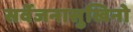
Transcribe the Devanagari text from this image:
सर्वेजनासुखिनो